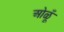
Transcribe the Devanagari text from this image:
ओळूँ